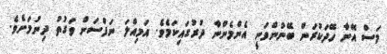
މަސް އޭނާ ހޭދަކުރަން ބޭނުންވަނީ އެންމެންނާ ދުރުގައިކަމެވެ. އަމިއްލަ ނަފްސަށް ވަގުތު ދިނުމަށެވެ.